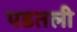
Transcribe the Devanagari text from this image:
पडतली